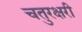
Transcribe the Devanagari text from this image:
चतुरक्षरी